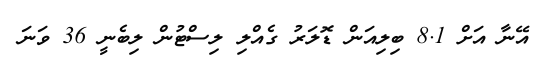
އޭނާ އަށް 8.1 ބިލިއަން ޑޮލަރު ގެއްލި ލިސްޓުން ލިބެނީ 36 ވަނަ